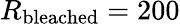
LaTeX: R_{\textrm{bleached}}=200